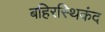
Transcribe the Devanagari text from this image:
बहिरस्थिकंद